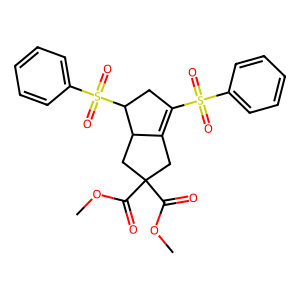
SMILES: COC(=O)C1(C(=O)OC)CC2=C(S(=O)(=O)c3ccccc3)CC(S(=O)(=O)c3ccccc3)C2C1
Inhibits HIV replication: No